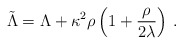
\begin{align*}\tilde{\Lambda} = \Lambda +\kappa^2\rho\left(1 +\frac{\rho}{2\lambda}\right) \,. \end{align*}